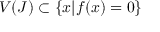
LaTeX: V ( J ) \subset \{ x | f ( x ) = 0 \}